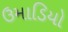
ઉમાડિયો